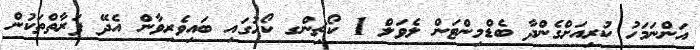
އަންނަމަހު ކުރިއަށްގެންދާ ބެޑްމިންޓަން ލެވަލް 1 ކޯޗިންގ ކޯހުގައި ބައިވެރިވާން އެދޭ ފަރާތްތަކުން